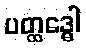
ပတ္ထဒ္ဓေါ